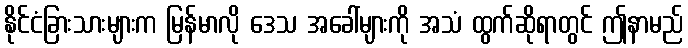
နိုင်ငံခြားသားများက မြန်မာလို ဒေသ အခေါ်များကို အသံ ထွက်ဆိုရာတွင် ဤနာမည်